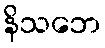
နိသဘေ